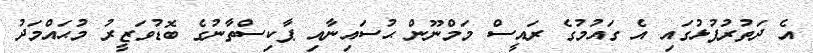
އެ ދަތުރުފުޅުގައި އެ ގައުމުގެ ރައީސް މަމްނޫން ޙުސައިނާއި ޕާކިސްތާނުގެ ބޮޑުވަޒީރު މުޙައްމަދު